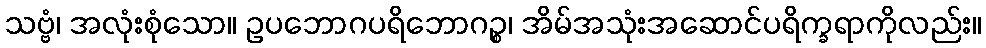
သဗ္ဗံ၊ အလုံးစုံသော။ ဥပဘောဂပရိဘောဂဉ္စ၊ အိမ်အသုံးအဆောင်ပရိက္ခရာကိုလည်း။